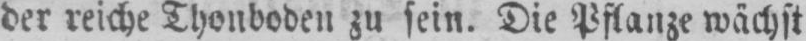
der reiche Thonboden zu sein. Die Pflanze wächst